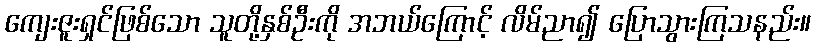
ကျေးဇူးရှင်ဖြစ်သော သူတို့နှစ်ဦးကို အဘယ်ကြောင့် လိမ်ညာ၍ ပြောသွားကြသနည်း။